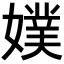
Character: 𡡐